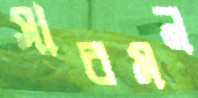
সারমন